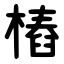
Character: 樁